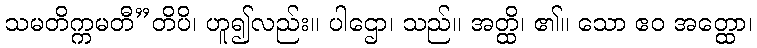
သမတိက္ကမတီ”တိပိ၊ ဟူ၍လည်း။ ပါဌော၊ သည်။ အတ္ထိ၊ ၏။ သော ဧဝ အတ္ထော၊